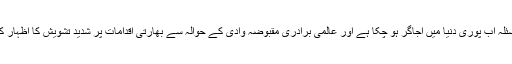
کشمیر کا مسئلہ جنوبی ایشیاء کا سب سے پرانا تنازعہ ہے، پاکستان کی موثر سفارتکاری سے یہ مسئلہ اب پوری دنیا میں اجاگر ہو چکا ہے اور عالمی برادری مقبوضہ وادی کے حوالہ سے بھارتی اقدامات پر شدید تشویش کا اظہار کر رہی ہے اور یہی وجہ ہے کہ اقوام متحدہ کی سلامتی کونسل نے اس مسئلہ پر اجلاس بھی کیا ہے۔